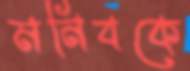
মনিবকে